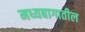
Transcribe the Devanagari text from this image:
मध्यबागातील